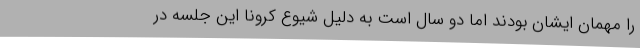
را مهمان ایشان بودند اما دو سال است به دلیل شیوع کرونا این جلسه در